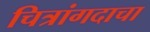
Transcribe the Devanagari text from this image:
चित्रांगदाचा